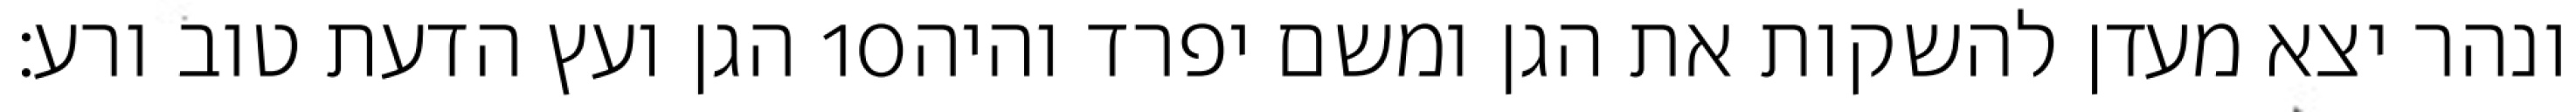
הגן ועץ הדעת טוב ורע׃ ‎10‏ ונהר יצא מעדן להשקות את הגן ומשם יפרד והיה